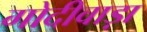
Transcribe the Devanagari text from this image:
गोदीवाड़ा